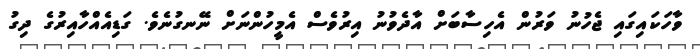
ވާހަކައިގައި ޖެހުނު ވަރުން އެހިސާބަށް އާދެވުނު އިރުވެސް އެމީހުންނަށް ނޭނގުނެވެ. ގަޑިއެއްހާއިރުގެ ދިގު